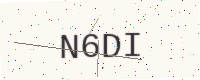
Text: N6DI